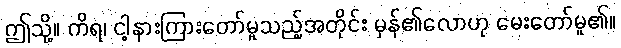
ဤသို့။ ကိရ၊ ငါ့နားကြားတော်မူသည့်အတိုင်း မှန်၏လောဟု မေးတော်မူ၏။